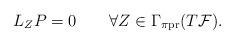
LaTeX: \begin{align*}L_{Z}P=0\qquad\forall Z\in\Gamma_{\pi\mathrm{pr}}(T\mathcal{F}).\end{align*}